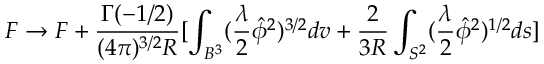
F \rightarrow F + \frac { \Gamma ( - 1 / 2 ) } { ( 4 \pi ) ^ { 3 / 2 } R } [ \int _ { B ^ { 3 } } ( \frac { \lambda } { 2 } \hat { \phi } ^ { 2 } ) ^ { 3 / 2 } d v + \frac { 2 } { 3 R } \int _ { S ^ { 2 } } ( \frac { \lambda } { 2 } \hat { \phi } ^ { 2 } ) ^ { 1 / 2 } d s ]